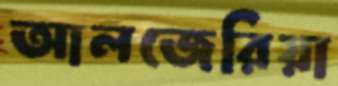
আলজেরিয়া